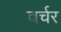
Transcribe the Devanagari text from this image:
वर्चर